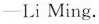
-Li Ming.